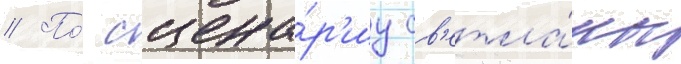
// По́ сцена́р'иу св'етла́ны